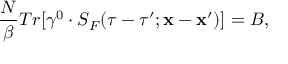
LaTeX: \frac { N } { \beta } T r [ \gamma ^ { 0 } \cdot S _ { F } ( \tau - \tau ^ { \prime } ; { \bf x } - { \bf x } ^ { \prime } ) ] = B ,